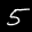
Label: 5